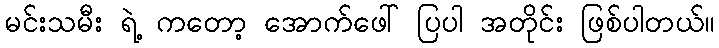
မင်းသမီး ရဲ့ ကတော့ အောက်ဖေါ် ပြပါ အတိုင်း ဖြစ်ပါတယ်။